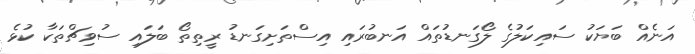
އަނެއް ބަޔަކު ސައިކަލުގެ ލޯގަނޑުތައް އަނބުރައި އިސްތަށިގަނޑު ރީތިތޯ ބަލައި ސުވިޗްތަކާ ކުޅެ